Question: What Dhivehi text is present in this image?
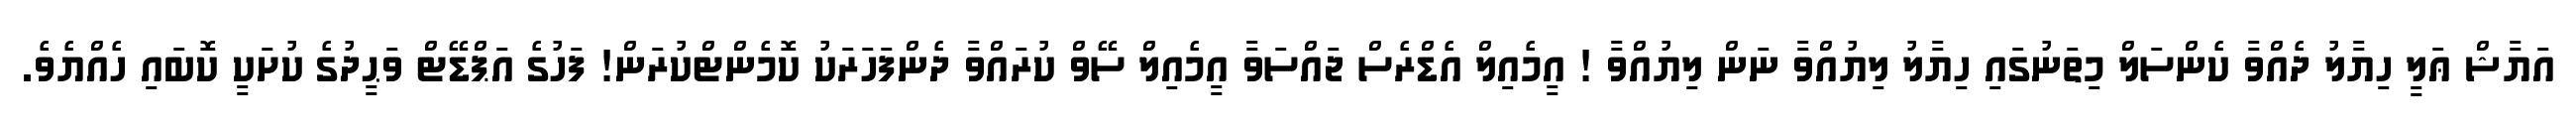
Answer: އަޔާޝް ޢަލީ ހިޔާލު ދެއްވާ ކެންސަލް މިތަނުގައި ހިޔާލު ލިޔުއްވާ ނަން ލިޔުއްވާ ! އީމެއިލް އެޑްރެސް ޖައްސަވާ އީމެއިލް ސޭވް ކުރައްވާ ދެންފަހަރަކު ކޮމެންޓްކުރަން! ފަހުގެ އަޕްޑޭޓް ވަޙީދުގެ ކުށަކީ ކޮބައި ހެއްޔެވެ.